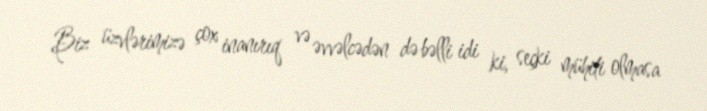
Biz üzvlərimizə çox inanırıq və əvvəlcədən də bəlli idi ki, seçki mühiti olmasa